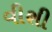
વીશી